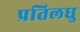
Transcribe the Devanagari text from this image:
प्रतिलघु